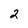
Character: 2